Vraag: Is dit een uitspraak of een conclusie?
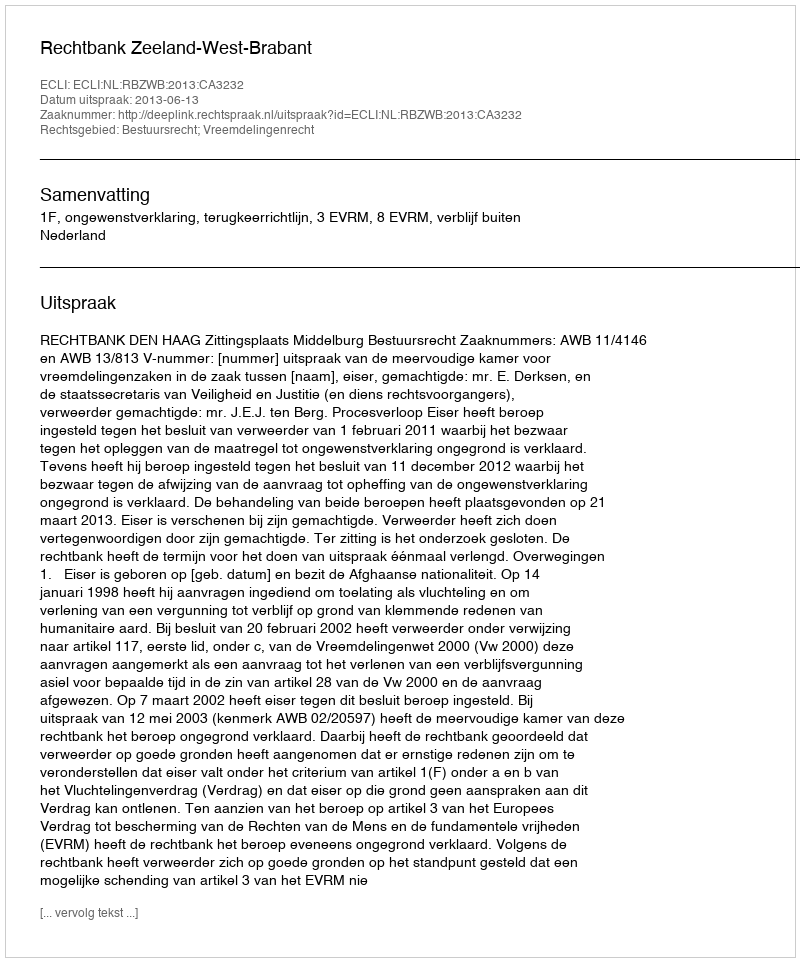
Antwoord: Uitspraak